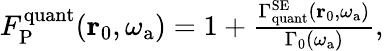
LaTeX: \begin{array}{r}{F_{\mathrm{P}}^{\mathrm{quant}}(\mathbf{r}_{0},\omega_{\mathrm{a}})=1+\frac{\Gamma_{\mathrm{quant}}^{\mathrm{SE}}(\mathbf{r}_{0},\omega_{\mathrm{a}})}{\Gamma_{0}(\omega_{\mathrm{a}})},}\end{array}